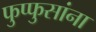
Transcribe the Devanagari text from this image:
फुप्फुसांना